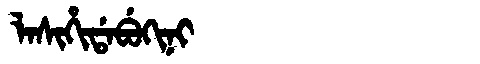
Manchu: ᠯᠠᠰᡳᡥᡳᡩᠠᠪᡠᡴᡳᠨᡳ
Romanization: LASIHIDABUKINI